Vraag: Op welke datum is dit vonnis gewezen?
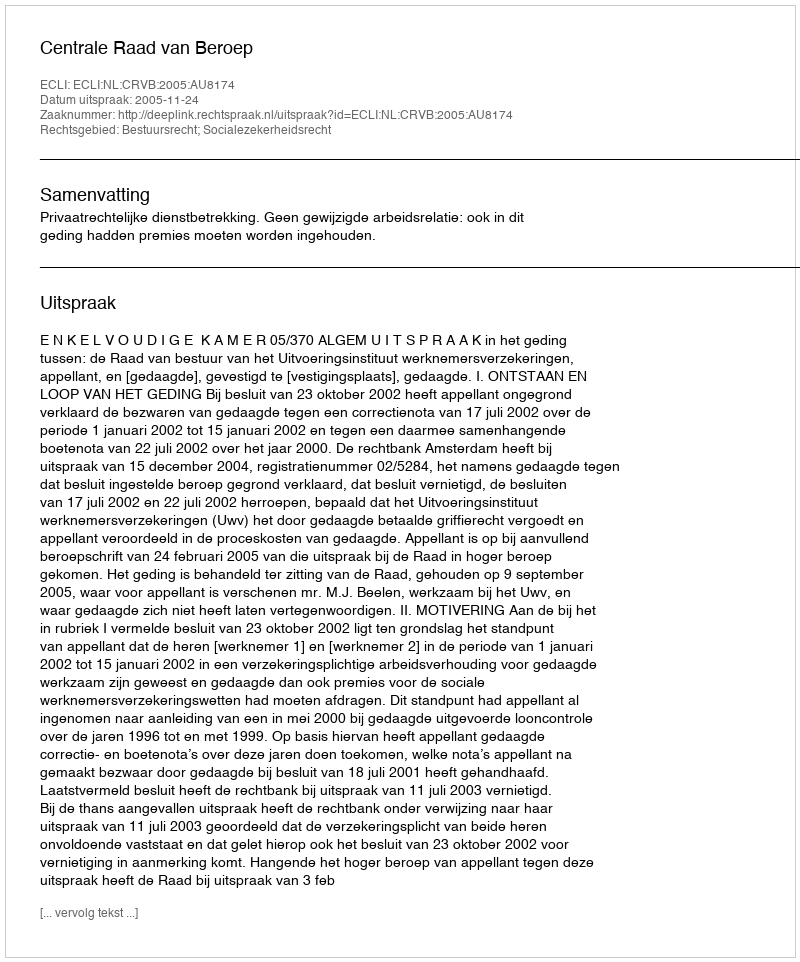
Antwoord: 2005-11-24